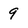
Character: 9